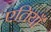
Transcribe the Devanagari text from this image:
एतियाँ